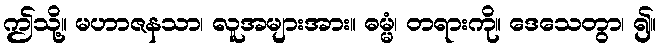
ဤသို့။ မဟာဇနသာ၊ လူအများအား။ ဓမ္မံ၊ တရားကို။ ဒေသေတွာ၊ ၍။